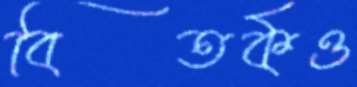
বিতর্কও